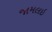
જામલઇ